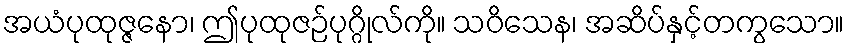
အယံပုထုဇ္ဇနော၊ ဤပုထုဇဉ်ပုဂ္ဂိုလ်ကို။ သဝိသေန၊ အဆိပ်နှင့်တကွသော။